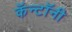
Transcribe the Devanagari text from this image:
कॅन्टॉनी